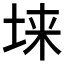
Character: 𱖬